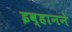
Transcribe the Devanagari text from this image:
इव्हानने